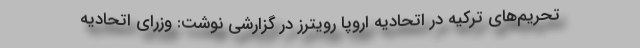
تحریم‌های ترکیه در اتحادیه اروپا رویترز در گزارشی نوشت: وزرای اتحادیه